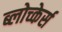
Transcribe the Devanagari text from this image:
ब्लोच्केर्स